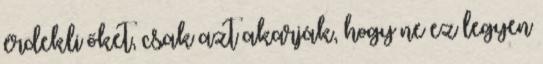
érdekli őket, csak azt akarják, hogy ne ez legyen